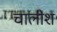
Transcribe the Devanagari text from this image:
चालीश